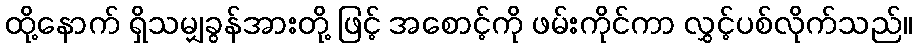
ထို့နောက် ရှိသမျှခွန်အားတို့ ဖြင့် အစောင့်ကို ဖမ်းကိုင်ကာ လွှင့်ပစ်လိုက်သည်။